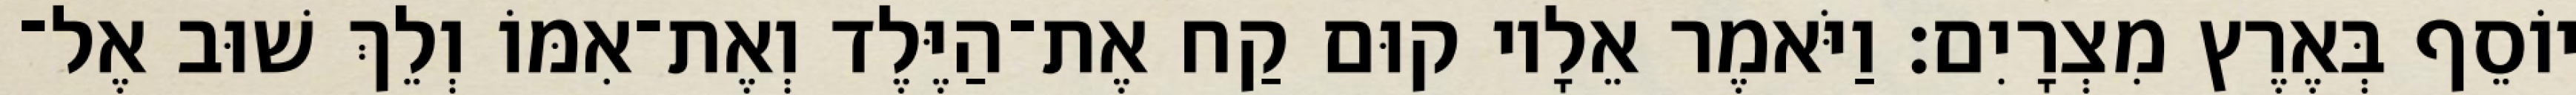
יוֹסֵף בְּאֶרֶץ מִצְרָיִם׃ וַיֹּאמֶר אֵלָיו קוּם קַח אֶת־הַיֶּלֶד וְאֶת־אִמּוֹ וְלֵךְ שׁוּב אֶל־